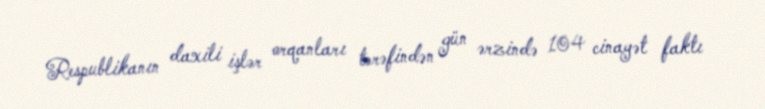
Respublikanın daxili işlər orqanları tərəfindən gün ərzində 104 cinayət faktı